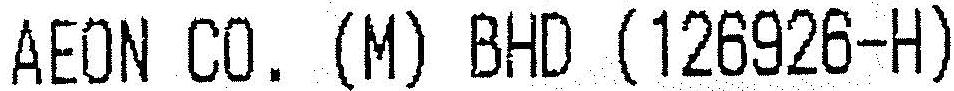
AEON CO. (M) BHD (126926-H)